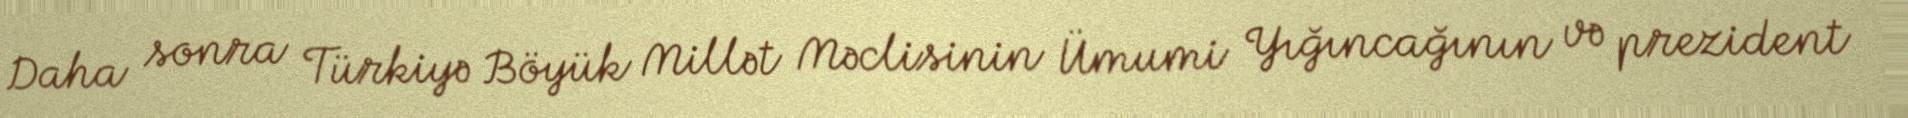
Daha sonra Türkiyə Böyük Millət Məclisinin Ümumi Yığıncağının və prezident